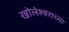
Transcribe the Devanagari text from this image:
खोलेश्वराच्या